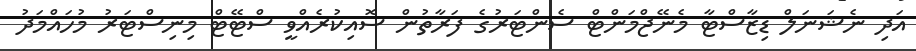
އަދި ނެޝަނަލް ޑިޒާސްޓާ މެނޭޖްމަންޓް ސެންޓަރުގެ ފަރާތުން ސޮއިކުރެއްވީ ސްޓޭޓް މިނިސްޓަރު މުހައްމަދު